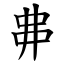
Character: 丳